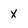
Character: X